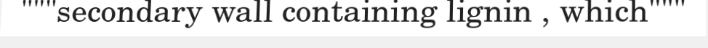
"""secondary wall containing lignin , which"""